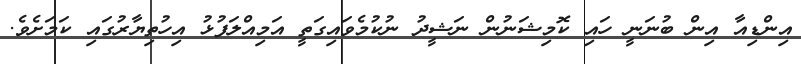
އިންޑިއާ އިން ބުނަނީ ހައި ކޮމިޝަނުން ނަޝީދު ނުކުމެވަައިގަތީ އަމިއްލަފުޅު އިހުތިޔާރުގައި ކަމަށެވެ.